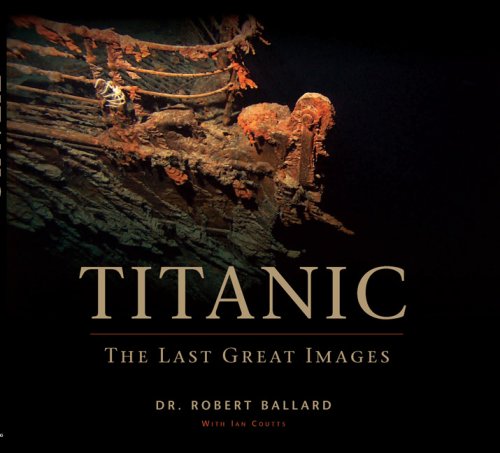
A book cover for Titanic: The Last Great Images; Robert D. Ballard; Arts & Photography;